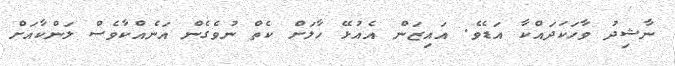
ނާޝިދު ވާހަކަދައްކާ އަޑެވެ. އައިޒަން އެއުޅޭ ހާލަށް ކެތް ނުވެގެން އަނެއްކާވެސް ލަންކާއަށް